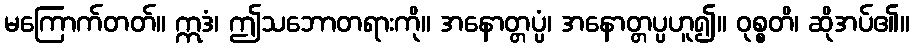
မကြောက်တတ်။ ဣဒံ၊ ဤသဘောတရားကို။ အနောတ္တပ္ပံ၊ အနောတ္တပ္ပဟူ၍။ ဝုစ္စတိ၊ ဆိုအပ်၏။